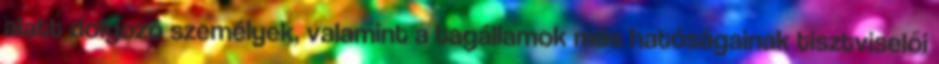
alatt dolgozó személyek, valamint a tagállamok más hatóságainak tisztviselői